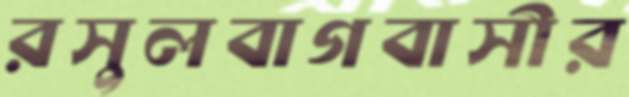
রসুলবাগবাসীর